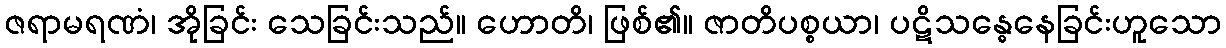
ဇရာမရဏံ၊ အိုခြင်း သေခြင်းသည်။ ဟောတိ၊ ဖြစ်၏။ ဇာတိပစ္စယာ၊ ပဋိသန္ဓေနေခြင်းဟူသော